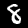
Label: 8